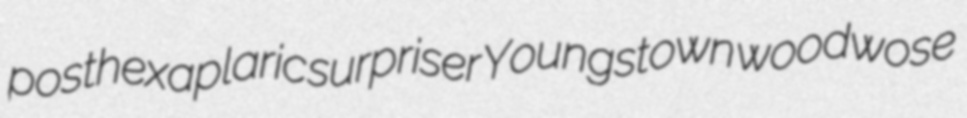
posthexaplaric surpriser Youngstown woodwose